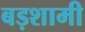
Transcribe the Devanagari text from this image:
बड़शामी